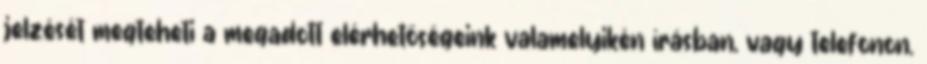
jelzését megteheti a megadott elérhetőségeink valamelyikén írásban, vagy telefonon.